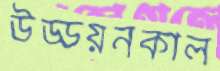
উড্ডয়নকাল